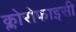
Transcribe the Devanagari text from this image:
क्लोरोफाइसी